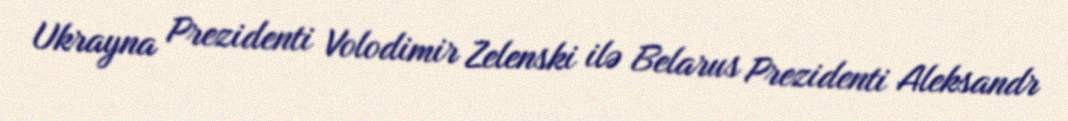
Ukrayna Prezidenti Volodimir Zelenski ilə Belarus Prezidenti Aleksandr